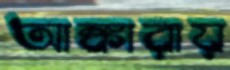
আঙ্কারায়